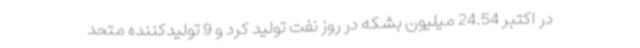
در اکتبر 24.54 میلیون بشکه در روز نفت تولید کرد و 9 تولیدکننده متحد